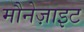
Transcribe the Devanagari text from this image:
मौनेज़ाइट